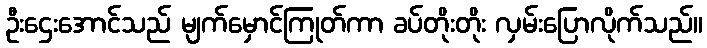
ဦးဌေးအောင်သည် မျက်မှောင်ကြုတ်ကာ ခပ်တိုးတိုး လှမ်းပြောလိုက်သည်။